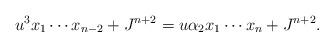
LaTeX: \begin{align*}u^3x_1\cdots x_{n-2}+J^{n+2}=u\alpha_2 x_1\cdots x_n+J^{n+2}.\end{align*}